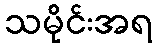
သမိုင်းအရ